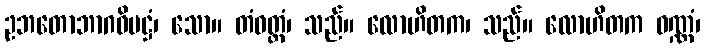
ဥဘတောဘာဂဝိမဋ္ဌံ၊ သော။ တံဝတ္ထံ၊ သည်။ လောဟိတက၊ သည်။ လောဟိတက ဝဏ္ဏံ၊